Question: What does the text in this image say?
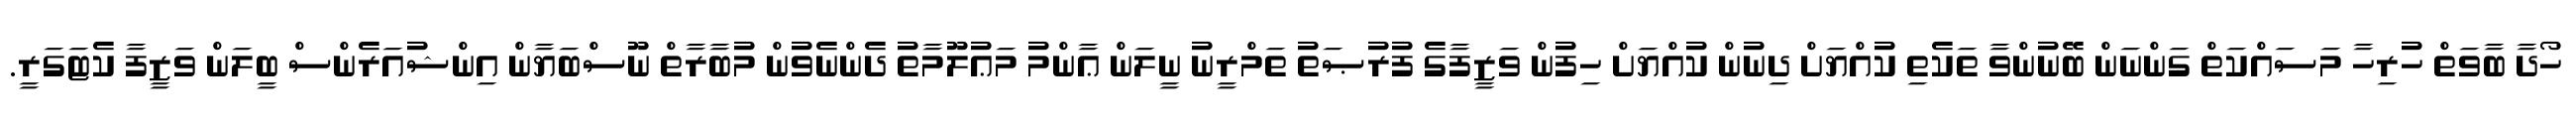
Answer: ހޯދާ ބާވަތް ހުރިހާ މަސައްކަތް ގަންނަން ބޭނުންވާ ތަކެތި ކުއްޔަށް ދިނުން ކުއްޔަށް ހިފުން ވަޒީފާގެ ފުރުޞަތު ތަމްރީނު ނީލަން ޢާންމު މަޢުލޫމާތު ދެންނެވުން މުބާރާތް ނޫސްބަޔާން އިންޝުއަރެންސް ބީލަން ވަޒީފާ ކެޓަގަރީ.